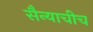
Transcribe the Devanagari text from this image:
सैन्याचीच